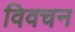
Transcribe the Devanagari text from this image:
विवचन